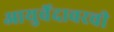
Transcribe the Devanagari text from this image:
आयुर्वेदावरची